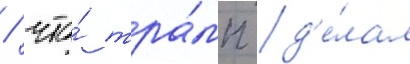
/ что́ тра́мп д'е́лал